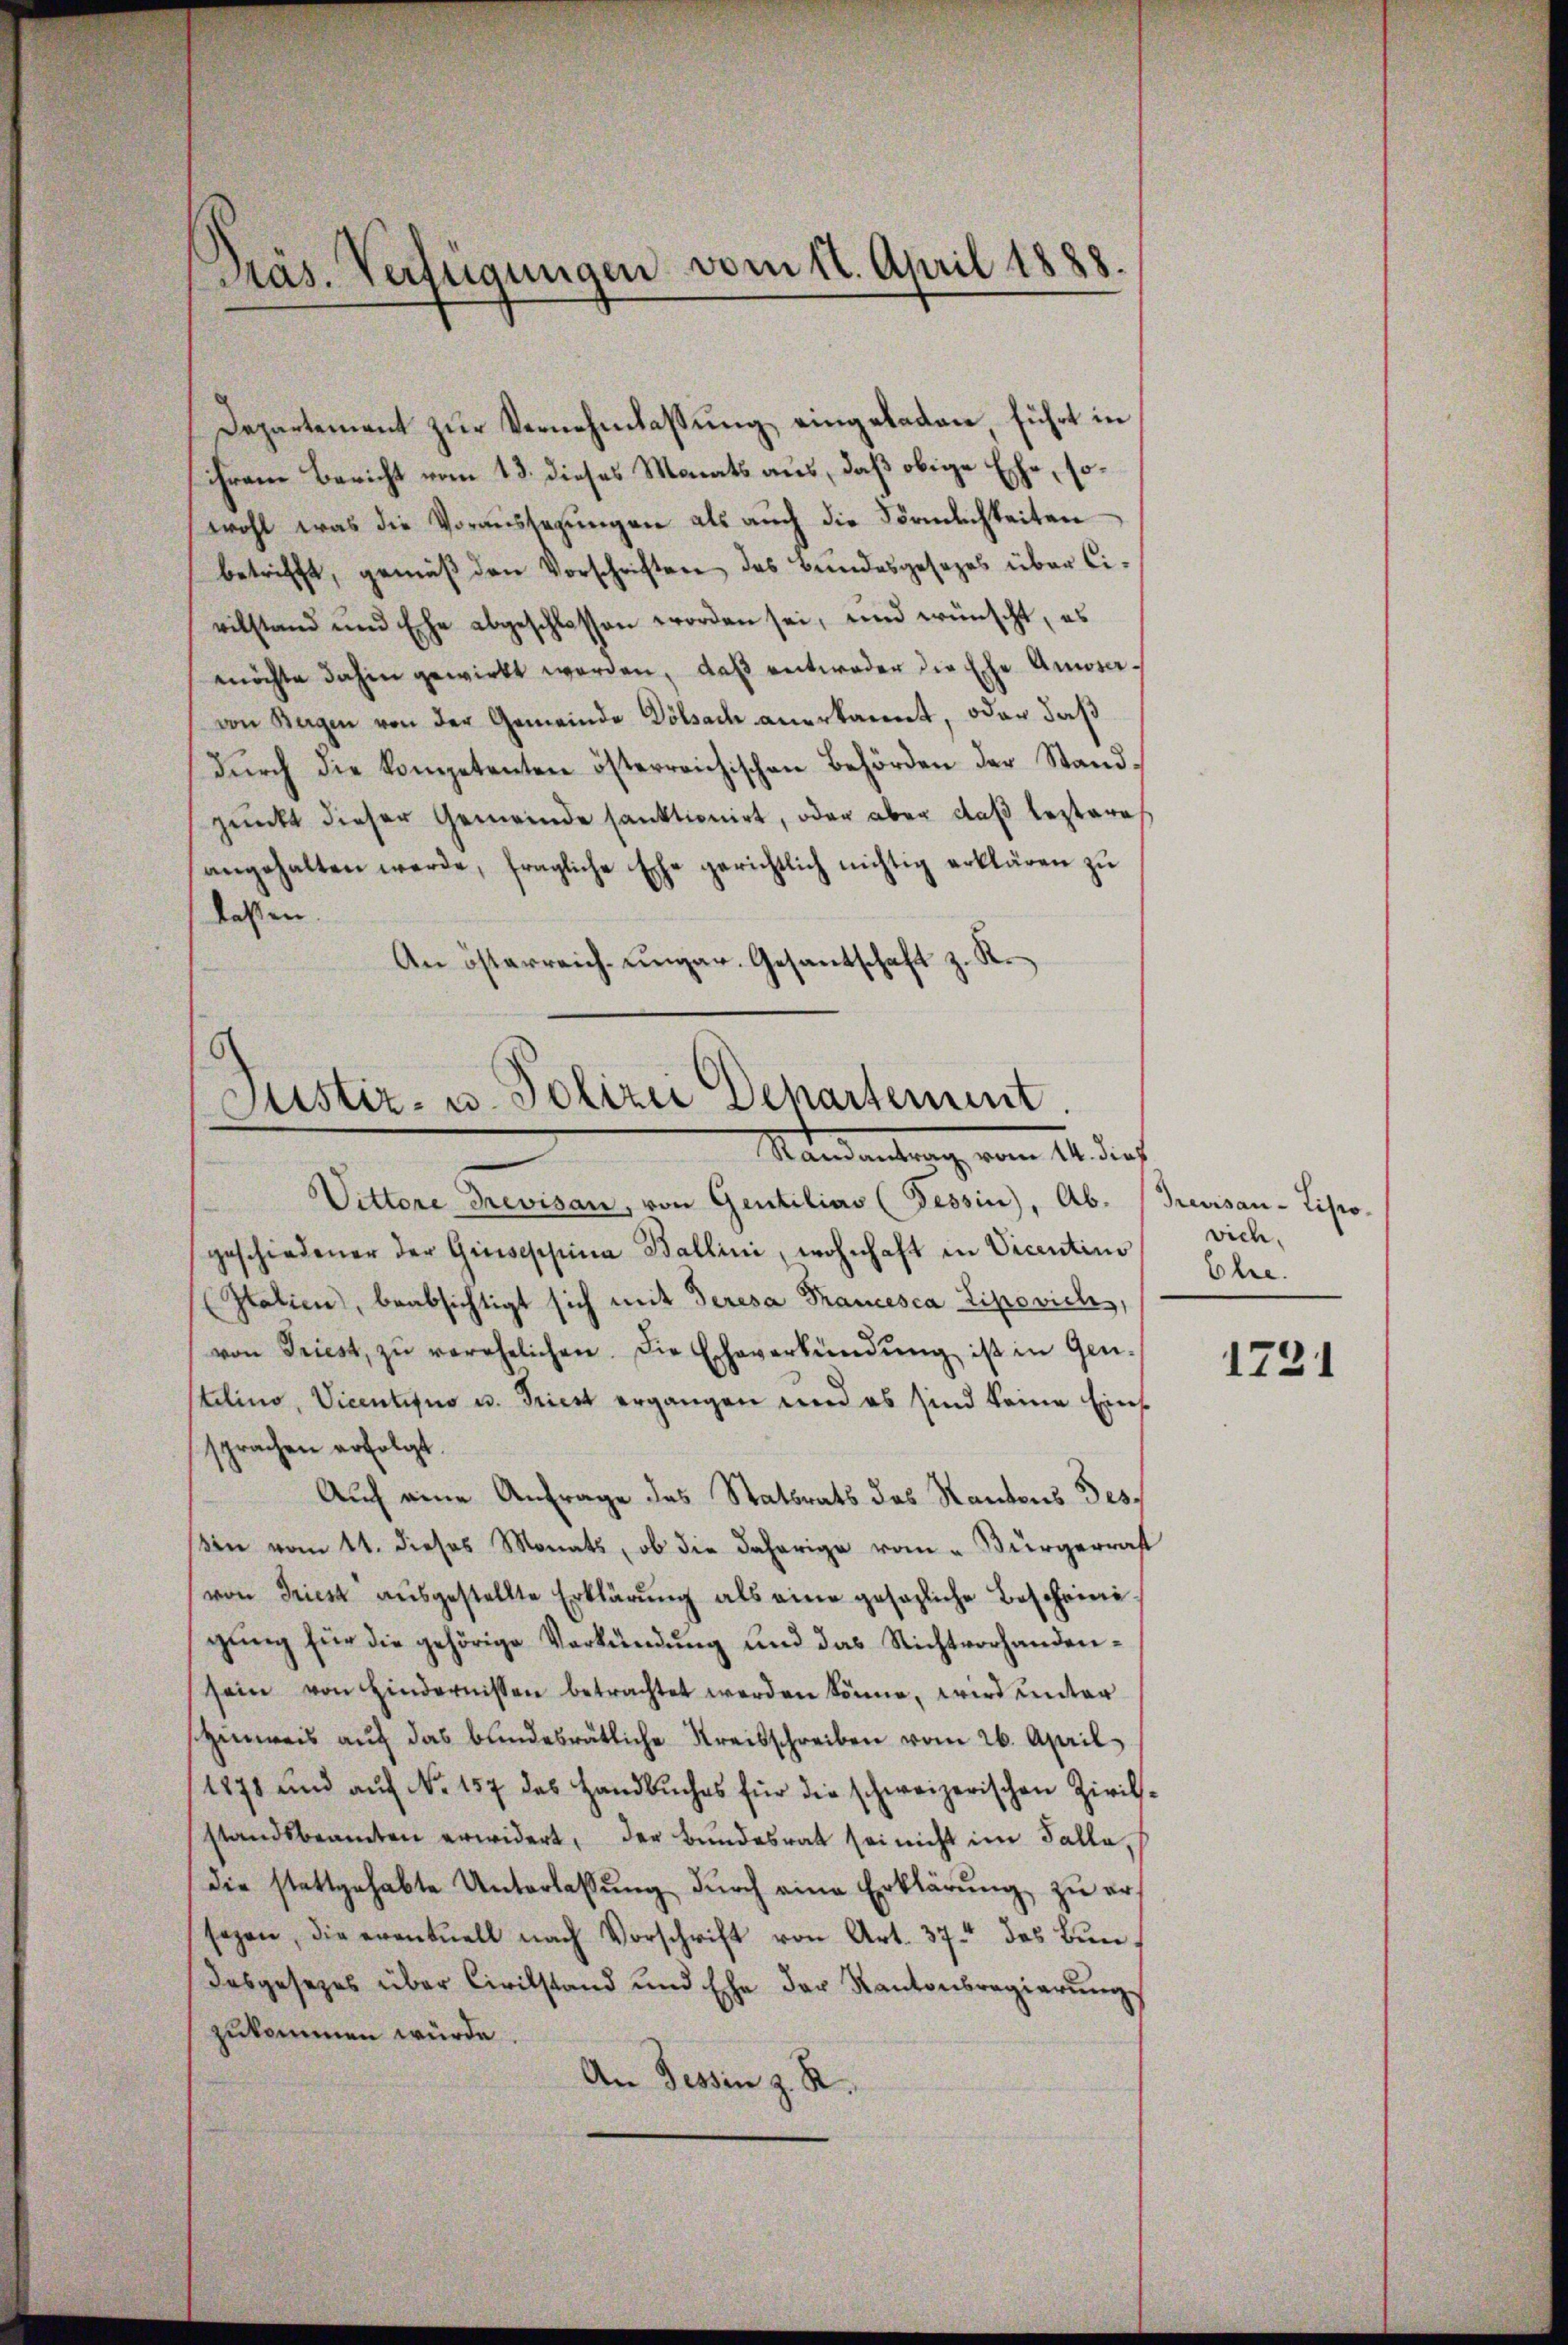
Präs. Verfügungen vom 12. April 1888.

Departement zur Vernehmlassung eingeladen führt in
ihrem Bericht vom 13. dieses Manats aus, daß obige Esche, sowohl was die Voraussagungen als auch die Förmlichkeiten
betrifft, gemäß den Vorschriften des Bundesgesezes über Civilstand und Ehe abgeschlossen worden sei, und wünscht, es
möchte dahin gewirkt werden, daß entweder die Ehe Amoscvon Bogen von der Gemeinde Dölsach anerkannt, oder daß
Durch die kompetenten österreichischen Behörden der Standpunkt dieser Gemeinde sanktionirt, oder aber daß leztere
angehalten werde, fragliche Ehe gerichtlich nichtig erklären zŭ
laßen
An österreich-ungar. Gesandschaft z. R.

Justiz- u. Polizei Departement.
Mandantrag, vom 16. dies

Vittore Trevisau, von Gentilias (Tessin, Ab. (Greusau-Lipio-
geschiedener der Greiseschina Ballini, wohnhaft in Vicentino
Italien, beabsichtigt sich mit deresa Francesca Zipovich,
von Triest, zŭ verehelichen. Die Echeverkündŭng ist in Gen-
stilino, Vicentiquo u. Triest ergangen und es sind keine Eins
sprachen erfolgt.
Auch eine Anfrage des Statsrats des Kantons Tes
ßin vom 11. dieses Monats, ob die daherige vom „Bürgerrast
(von Triest aŭsgestellte Erklärŭng als eine gesezliche Bescheinigung für die gehörige Verkündung und das Nichtvorhandensein von Hindernissen betrachtet werden könne, wird unter
Hinweis auf das bundesrätliche Kreisschreiben vom 26. April
1878 und auf No 157 des Handbuches für die schweizerischen Zivilstandsbeamten erwidert, der Bŭndesrat sei nicht im Falle,
die stattgehabte Unterlassŭng dŭrch eine Erklärung zu er
sezen, die eventuell nach Vorschrift von Art. 37 des Bun¬
Dasgesezes über Civilstand und Ehe der Kantonsregierungs
zukommen würde.
An Tessin z. R.

vich.
Ehre.

1731